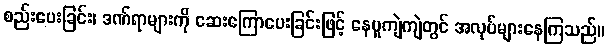
စည်းပေးခြင်း၊ ဒဏ်ရာများကို ဆေးကြောပေးခြင်းဖြင့် နေပူကျဲကျဲတွင် အလုပ်များနေကြသည်။